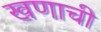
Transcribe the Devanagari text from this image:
खणाची